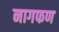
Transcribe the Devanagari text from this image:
नागफण